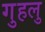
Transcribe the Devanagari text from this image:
गुहलु